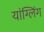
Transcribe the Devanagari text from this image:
यांग्लिंग